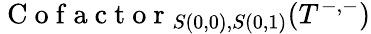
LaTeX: \mathrm{~C~o~f~a~c~t~o~r~}_{S(0,0),S(0,1)}(T^{-,-})